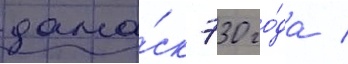
дама́ск 730 го́да /